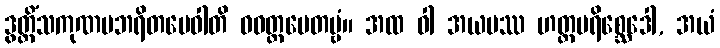
ဒွတ္တိံသကုဏပဘရိတမေဝါတိ ဝဝတ္ထပေတဗ္ဗံ။ အထ ဝါ အယမဿ ဟတ္ထပရိစ္ဆေဒေါ, အယံ